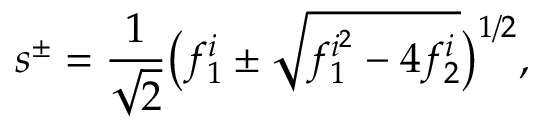
s ^ { \pm } = \frac { 1 } { \sqrt { 2 } } \big ( f _ { 1 } ^ { i } \pm \sqrt { f _ { 1 } ^ { i ^ { 2 } } - 4 f _ { 2 } ^ { i } } \big ) ^ { 1 / 2 } ,